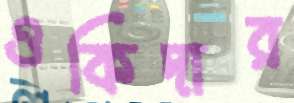
ওকিদার